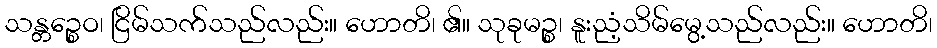
သန္တဉ္စေဝ၊ ငြိမ်သက်သည်လည်း။ ဟောတိ၊ ၏။ သုခုမဉ္စ၊ နူးညံ့သိမ်မွေ့သည်လည်း။ ဟောတိ၊